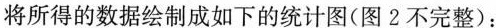
将所得的数据绘制成如下的统计图(图2不完整)：